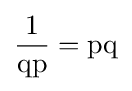
{\frac {1}{\operatorname {qp} }}=\operatorname {pq}